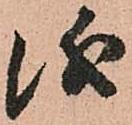
儀